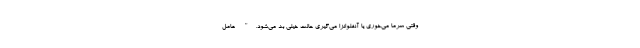
وقتی سرما می‌خوری یا آنفلوانزا می‌گیری حالت خیلی بد می‌شود." عامل